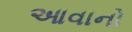
આવાનો